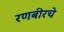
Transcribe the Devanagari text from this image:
रणबीरचे